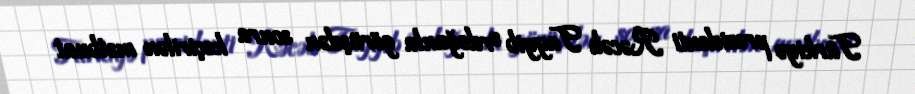
Türkiyə prezidenti Rəcəb Tayyib Ərdoğanla görüşdən sonra keçirilən mətbuat